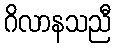
ဂိလာနသညီ